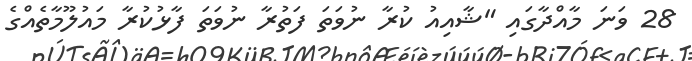
28 ވަނަ މާއްދާގައި "ޝާއިއު ކުރާ ނުވަތަ ފަތުރާ ނުވަތަ ފާޅުކުރާ މައުލޫމާތެއްގެ